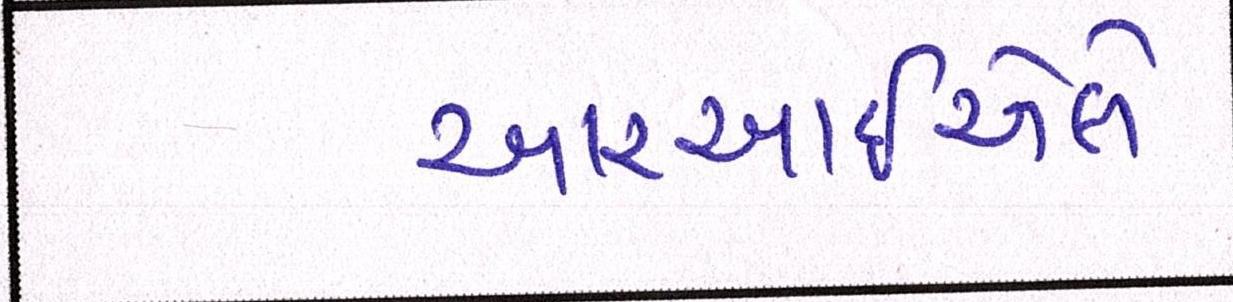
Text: આરઆઇએલે